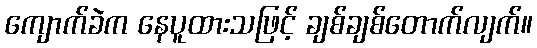
ကျောက်ခဲက နေပူထားသဖြင့် ချစ်ချစ်တောက်လျက်။